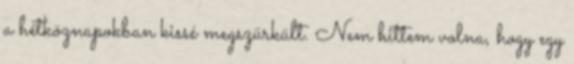
a hétköznapokban kissé megszürkült. Nem hittem volna, hogy egy